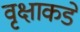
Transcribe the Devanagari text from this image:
वृक्षाकडे